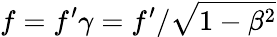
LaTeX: f=f^{\prime}\gamma=f^{\prime}/{\sqrt{1-\beta^{2}}}